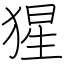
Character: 猩